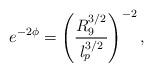
LaTeX: \begin{align*}e^{-2 \phi} = \left( \frac{R_9^{3/2} }{ l_p^{3/2} } \right)^{-2} ,\end{align*}